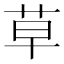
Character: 草